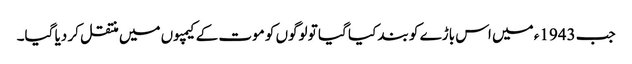
جب 1943ء میں اس باڑے کو بند کیا گیا تو لوگوں کو موت کے کیمپوں میں منتقل کر دیا گیا۔